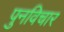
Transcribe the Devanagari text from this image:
पुनविचार